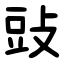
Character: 䜴